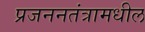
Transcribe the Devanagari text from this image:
प्रजननतंत्रामधील